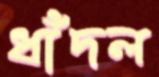
ধাঁদল